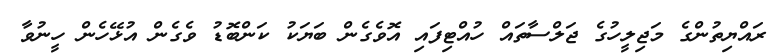
ރައްޔިތުންގެ މަޖިލީހުގެ ޖަލްސާތައް ހުއްޓިފައި އޮވެގެން ބަޔަކު ކަންބޮޑު ވެގެން އުޅޭހެން ހީނުވާ